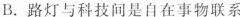
B.路灯与科技间是自在事物联系